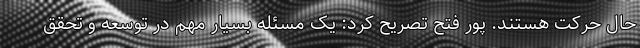
حال حرکت هستند. پور فتح تصریح کرد: یک مسئله بسیار مهم در توسعه و تحقق